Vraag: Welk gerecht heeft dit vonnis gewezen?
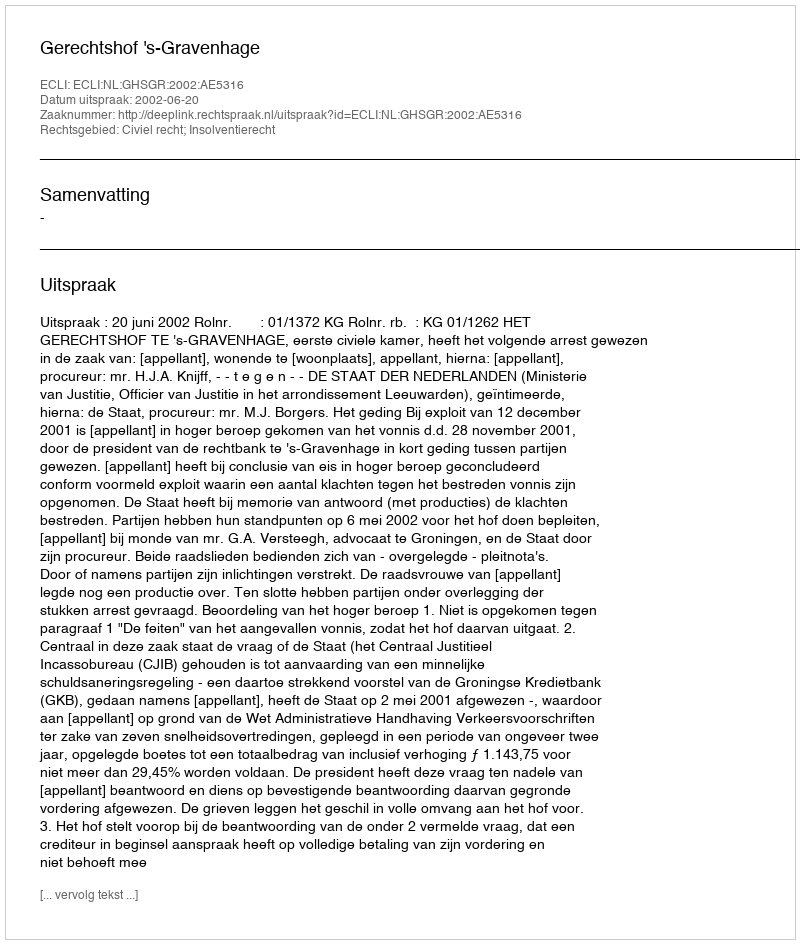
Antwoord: Gerechtshof 's-Gravenhage